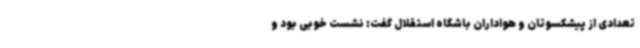
تعدادی از پیشکسوتان و هواداران باشگاه استقلال گفت: نشست خوبی بود و